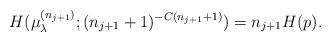
LaTeX: \begin{align*}H(\mu_{\lambda}^{(n_{j+1})};(n_{j+1}+1)^{-C(n_{j+1}+1)})=n_{j+1}H(p).\end{align*}